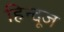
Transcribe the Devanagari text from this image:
हिन्दूज